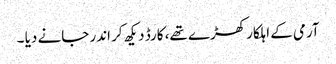
آرمی کے اہلکار کھڑے تھے، کارڈ دیکھ کر اندر جانے دیا ۔